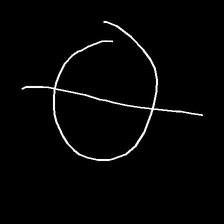
Glyph: orb